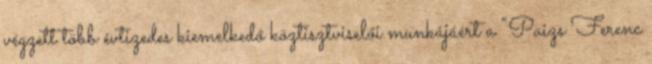
végzett több évtizedes kiemelkedő köztisztviselői munkájáért a “Paizs Ferenc